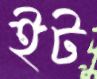
ইট